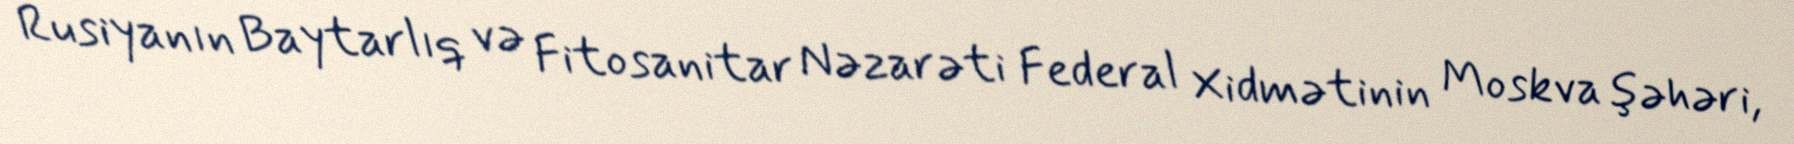
Rusiyanın Baytarlıq və Fitosanitar Nəzarəti Federal Xidmətinin Moskva şəhəri,